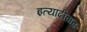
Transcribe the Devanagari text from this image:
इत्यादींचाच